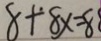
8 + 8 x = 8